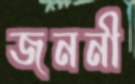
জননী